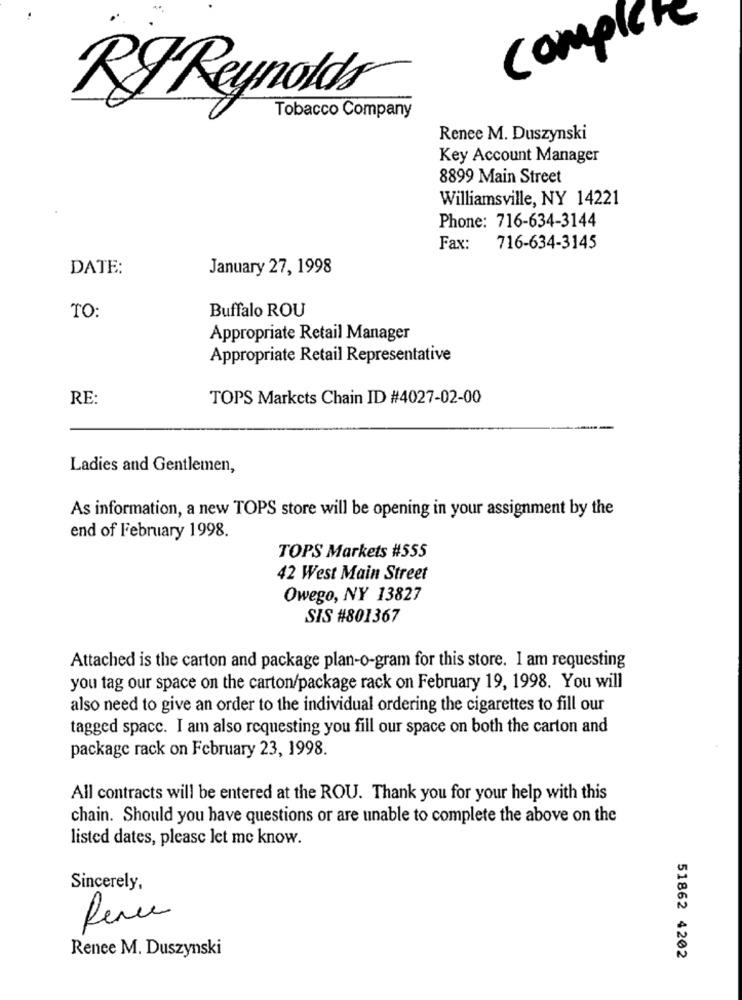
Complet
RIReynolds
Tobacco Company
Renee M. Duszynski
Key Account Manager
8899 Main Street
Williamsville, NY 14221
Phone: 716-634-3144
Fax:
716-634-3145
DATE:
January 27, 1998
TO:
Buffalo ROU
Appropriate Retail Manager
Appropriate Retail Representative
RE:
TOPS Markets Chain ID #4027-02-00
Ladies and Gentlemen,
As information, a new TOPS store will be opening in your assignment by the
end of February 1998.
TOPS Markets #555
42 West Main Street
Owego, NY 13827
SIS #801367
Attached is the carton and package plan-o-gram for this store. I am requesting
you tag our space on the carton/package rack on February 19, 1998. You will
also need to give an order to the individual ordering the cigarettes to fill our
tagged space. I am also requesting you fill our space on both the carton and
package rack on February 23, 1998.
All contracts will be entered at the ROU. Thank you for your help with this
chain. Should you have questions or are unable to complete the above on the
listed dates, please let me know.
Sincerely,
Rence
Renee M. Duszynski
51862 4202